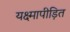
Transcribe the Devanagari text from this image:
यक्ष्मापीड़ित